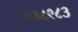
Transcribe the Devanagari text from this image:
५३८९८३